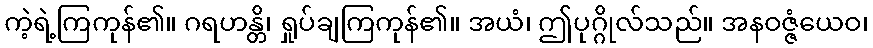
ကဲ့ရဲ့ကြကုန်၏။ ဂရဟန္တိ၊ ရှုပ်ချကြကုန်၏။ အယံ၊ ဤပုဂ္ဂိုလ်သည်။ အနဝဇ္ဇံယေဝ၊